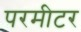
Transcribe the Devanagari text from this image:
परमीटर